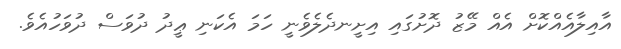
އާއިލާއެއްކޮށް އެއް މޭޒު ދޮށުގައި އިށީނދެލެވެނީ ހަމަ އެކަނި ޢީދު ދުވަސް ދުވަހުއެވެ.